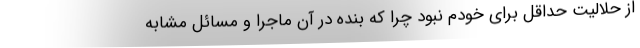
از حلالیت حداقل برای خودم نبود چرا که بنده در آن ماجرا و مسائل مشابه